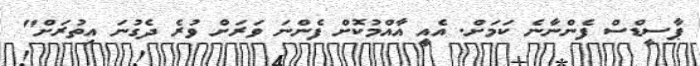
ޕާސީޑްސް ފެންނާނެ ކަމަށް. އެއީ އާއްމުކޮށް ފެންނަ ވަރަށް ވުރެ ދެގުނަ އިތުރަށް"